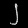
Digit: ၂